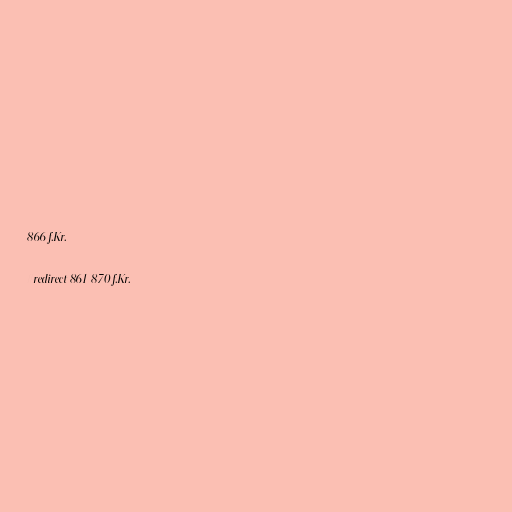
866 f.Kr.

#redirect 861-870 f.Kr.